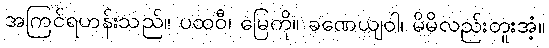
အကြင်ရဟန်းသည်။ ပထဝီ၊ မြေကို။ ခဏေယျဝါ၊ မိမိလည်းတူးအံ့။